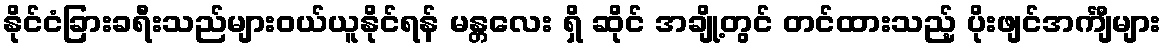
နိုင်ငံခြားခရီးသည်များဝယ်ယူနိုင်ရန် မန္တလေး ရှိ ဆိုင် အချို့တွင် တင်ထားသည့် ပိုးဖျင်အင်္ကျီများ